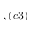
, ( c 3 )